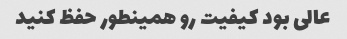
عالی بود کیفیت رو همینطور حفظ کنید